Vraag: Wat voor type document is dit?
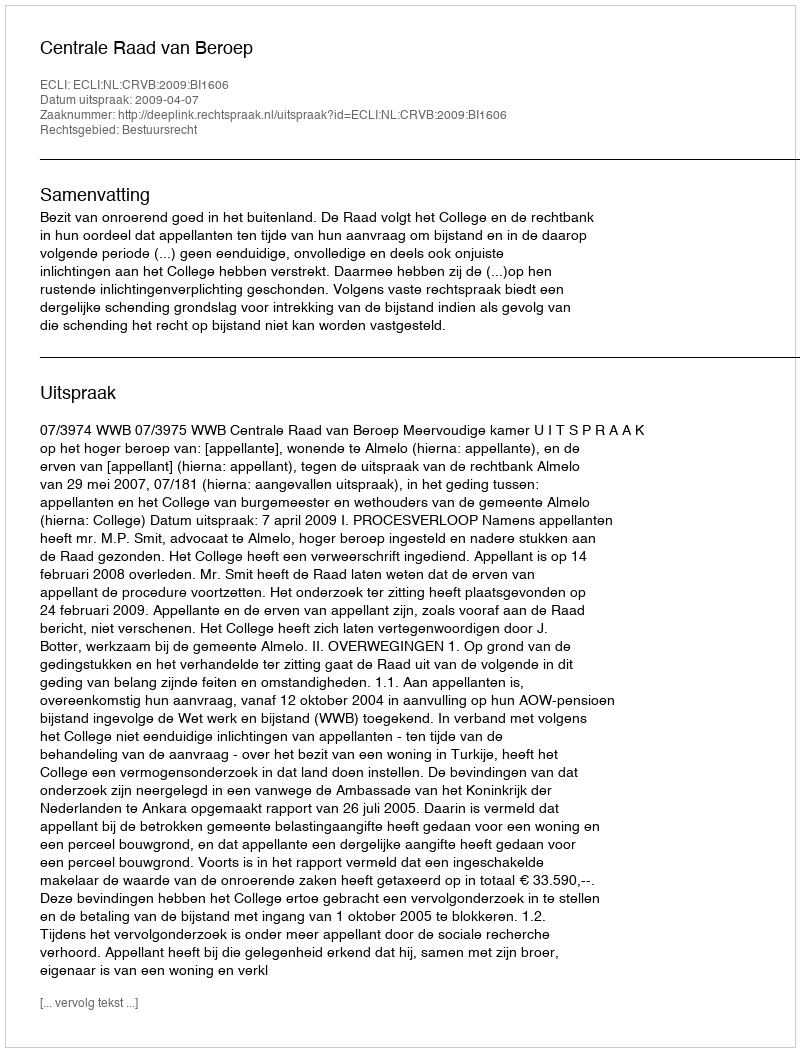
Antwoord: Uitspraak